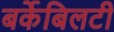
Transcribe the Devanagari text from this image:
बर्केबिलटी